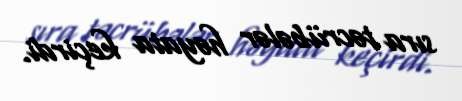
sıra təcrübələr həyata keçirdi.